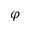
\varphi